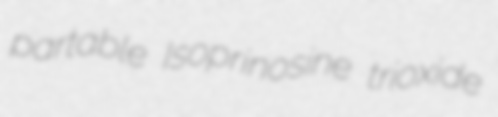
partable Isoprinosine trioxide